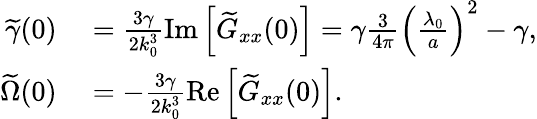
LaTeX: \begin{array}{rl}{\widetilde\gamma(0)}&{{}=\frac{3\gamma}{2k_{0}^{3}}\mathrm{Im}\left[\widetilde G_{xx}(0)\right]=\gamma\frac{3}{4\pi}\left(\frac{\lambda_{0}}{a}\right)^{2}-\gamma,}\\ {\widetilde\Omega(0)}&{{}=-\frac{3\gamma}{2k_{0}^{3}}\mathrm{Re}\left[\widetilde G_{xx}(0)\right].}\end{array}